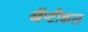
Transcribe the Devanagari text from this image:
ऑप्टीकल